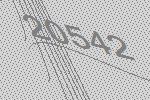
20542